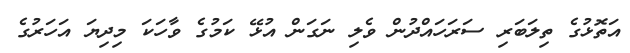
އަތޮޅުގެ ތިލަބަރި ސަރަހައްދުން ވެލި ނަގަން އުޅޭ ކަމުގެ ވާހަކަ މިދިޔަ އަހަރުގެ